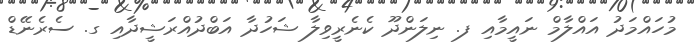
މުހައްމަދު އައްލާމް ނައީމާއި ފ. ނިލަންދޫ ކެނެރީވިލާ ޝަހުދާ އަބްދުއްރަޝީދާއި ގ. ސެރެނޭޑް